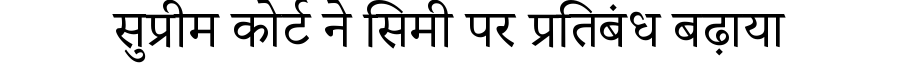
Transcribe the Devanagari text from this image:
सुप्रीम कोर्ट ने सिमी पर प्रतिबंध बढ़ाया